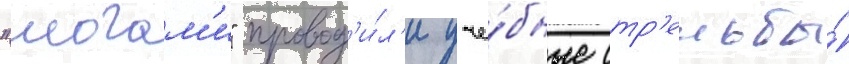
"могам'и" провод'и́л'и уче́бные стр'ельбы́